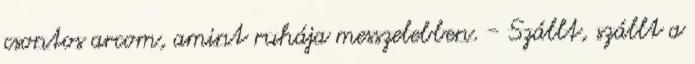
csontos arcom, amint ruhája messzelebben. - Szállt, szállt a